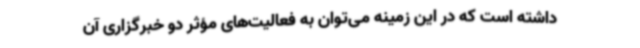
داشته است که در این زمینه می‌توان به فعالیت‌های مؤثر دو خبرگزاری آن